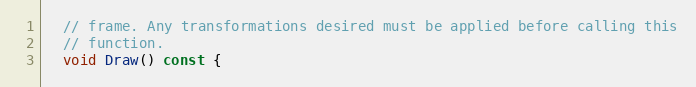
Language: C
  // frame. Any transformations desired must be applied before calling this
  // function.
  void Draw() const {